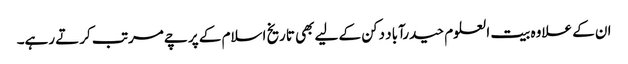
ان کے علاوہ بیت العلوم حیدرآباد دکن کے لیے بھی تاریخ اسلام کے پرچے مرتب کرتے رہے۔